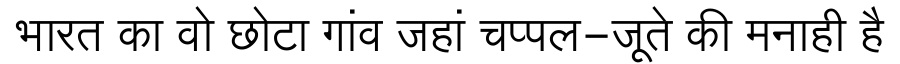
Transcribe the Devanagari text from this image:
भारत का वो छोटा गांव जहां चप्पल-जूते की मनाही है